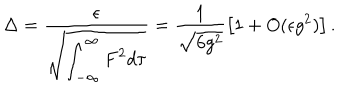
LaTeX: \Delta = \frac { \epsilon } { \sqrt { \displaystyle \int _ { - \infty } ^ { \infty } F ^ { 2 } d \tau } } = \frac { 1 } { \sqrt { 6 g ^ { 2 } } } \left[ 1 + O ( \epsilon g ^ { 2 } ) \right] .